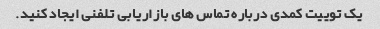
یک توییت کمدی درباره تماس های بازاریابی تلفنی ایجاد کنید.